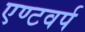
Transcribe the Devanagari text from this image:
एण्टवर्प